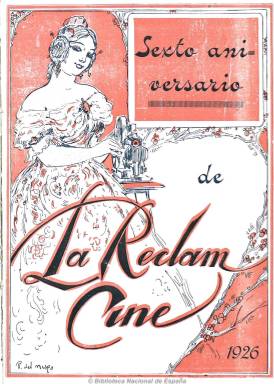
Título: La Reclam cine
Colección: Cine || Teatro
Ámbito geográfico: Valencia
Lugar de publicación: Valencia
Fechas: 31/01/1926-15/05/1926

Subtitulada “revista cinematográfica y teatral”, es continuación, en parte, de La reclam, que fundara en 1921 el periodista y escritor valenciano Manuel Soto Lluch, y que a partir de 1923 comenzó a editarla con este título cinematográfico (véase también La reclam, en esta misma Hemeroteca Digital). A partir del 31 de enero de 1926 forma esta nueva colección al ser sucesivos sus números, iniciándola con una entrega dedicada al sexto aniversario de La reclam, en la que señala que es la primera revista profesional de cine valenciana y la única que ha logrado mantenerse. Su redactor jefe será a partir de ahora el periodista José María de la Torre.

Contiene crónicas, noticias y comentarios sobre la actualidad cinematográfica y teatral, así como argumentos de películas. Para la información valenciana cuenta con la colaboración de Miguel Fernández Serrano, y cuenta también con corresponsales en Alicante, Madrid, Barcelona, París y Estados Unidos. Asimismo inserta fotografías de actores y de escenas y una destacada publicidad comercial relacionada con estos espectáculos.

Publica dos ediciones, una en papel couché, al precio de 25 céntimos, y otra gratuita, que repartía entre las empresas relacionadas con el cine y el teatro. Su periodicidad es quincenal, en números con paginación variada. Publica un número extraordinario dedicado a las Fallas, en donde aparecen algunos textos en valenciano. El último número de la colección es el 246, correspondiente al 15 de mayo de 1926. Se desconoce si siguió publicándose. Lo que si continuó publicando Soto Lluch, hasta 1931, fue La reclam taurina, como continuación, también en parte, de La reclam de 1921.